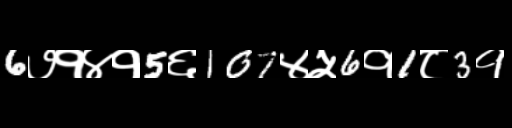
Text: 6७१४१5६107४५6१1८3१